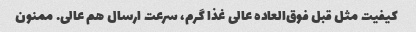
کیفیت مثل قبل فوق‌العاده عالی غذا گرم، سرعت ارسال هم عالی. ممنون